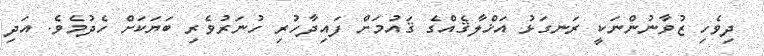
ދިވެހި ޒުވާނުންނަކީ ރަނގަޅު އަޚްލާޤެއްގެ ޤައުމަށް ފައިދާހުރި ހުނަރުވެރި ބަޔަކަށް ހެދުމެވެ. އަދި